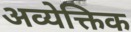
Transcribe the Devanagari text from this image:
अव्येक्तिक